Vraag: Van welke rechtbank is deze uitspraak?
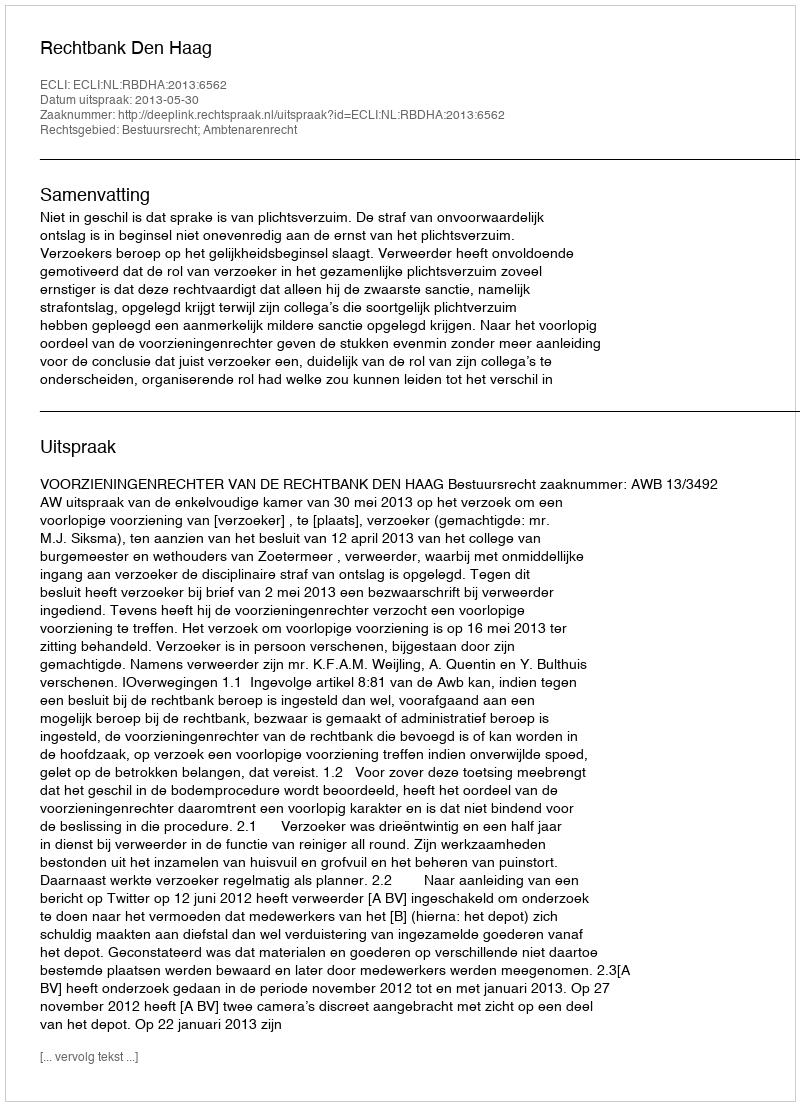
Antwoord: Rechtbank Den Haag